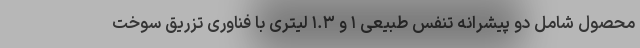
محصول شامل دو پیشرانه تنفس طبیعی ۱ و ۱.۳ لیتری با فناوری تزریق سوخت